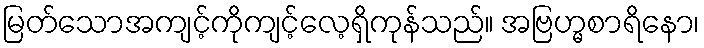
မြတ်သောအကျင့်ကိုကျင့်လေ့ရှိကုန်သည်။ အဗြဟ္မစာရိနော၊